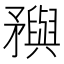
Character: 𥎗